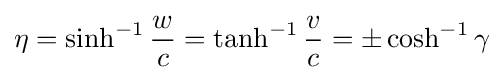
\eta =\sinh ^{-1}{\frac {w}{c}}=\tanh ^{-1}{\frac {v}{c}}=\pm \cosh ^{-1}\gamma